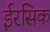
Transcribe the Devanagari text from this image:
ईरसिक